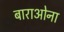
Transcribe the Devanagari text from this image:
बाराओना